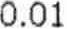
0.01